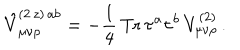
LaTeX: \hat { V } _ { \mu \nu \rho } ^ { ( 2 \, z ) \, a b } = - \frac { 1 } { 4 } \, \mathrm { T r } \, \tau ^ { a } \tau ^ { b } \, V _ { \mu \nu \rho } ^ { ( 2 ) } \, .